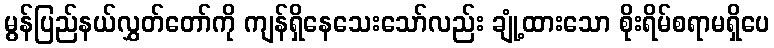
မွန်ပြည်နယ်လွှတ်တော်ကို ကျန်ရှိနေသေးသော်လည်း ချုံ့ထားသော စိုးရိမ်စရာမရှိပေ